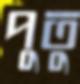
পুতু